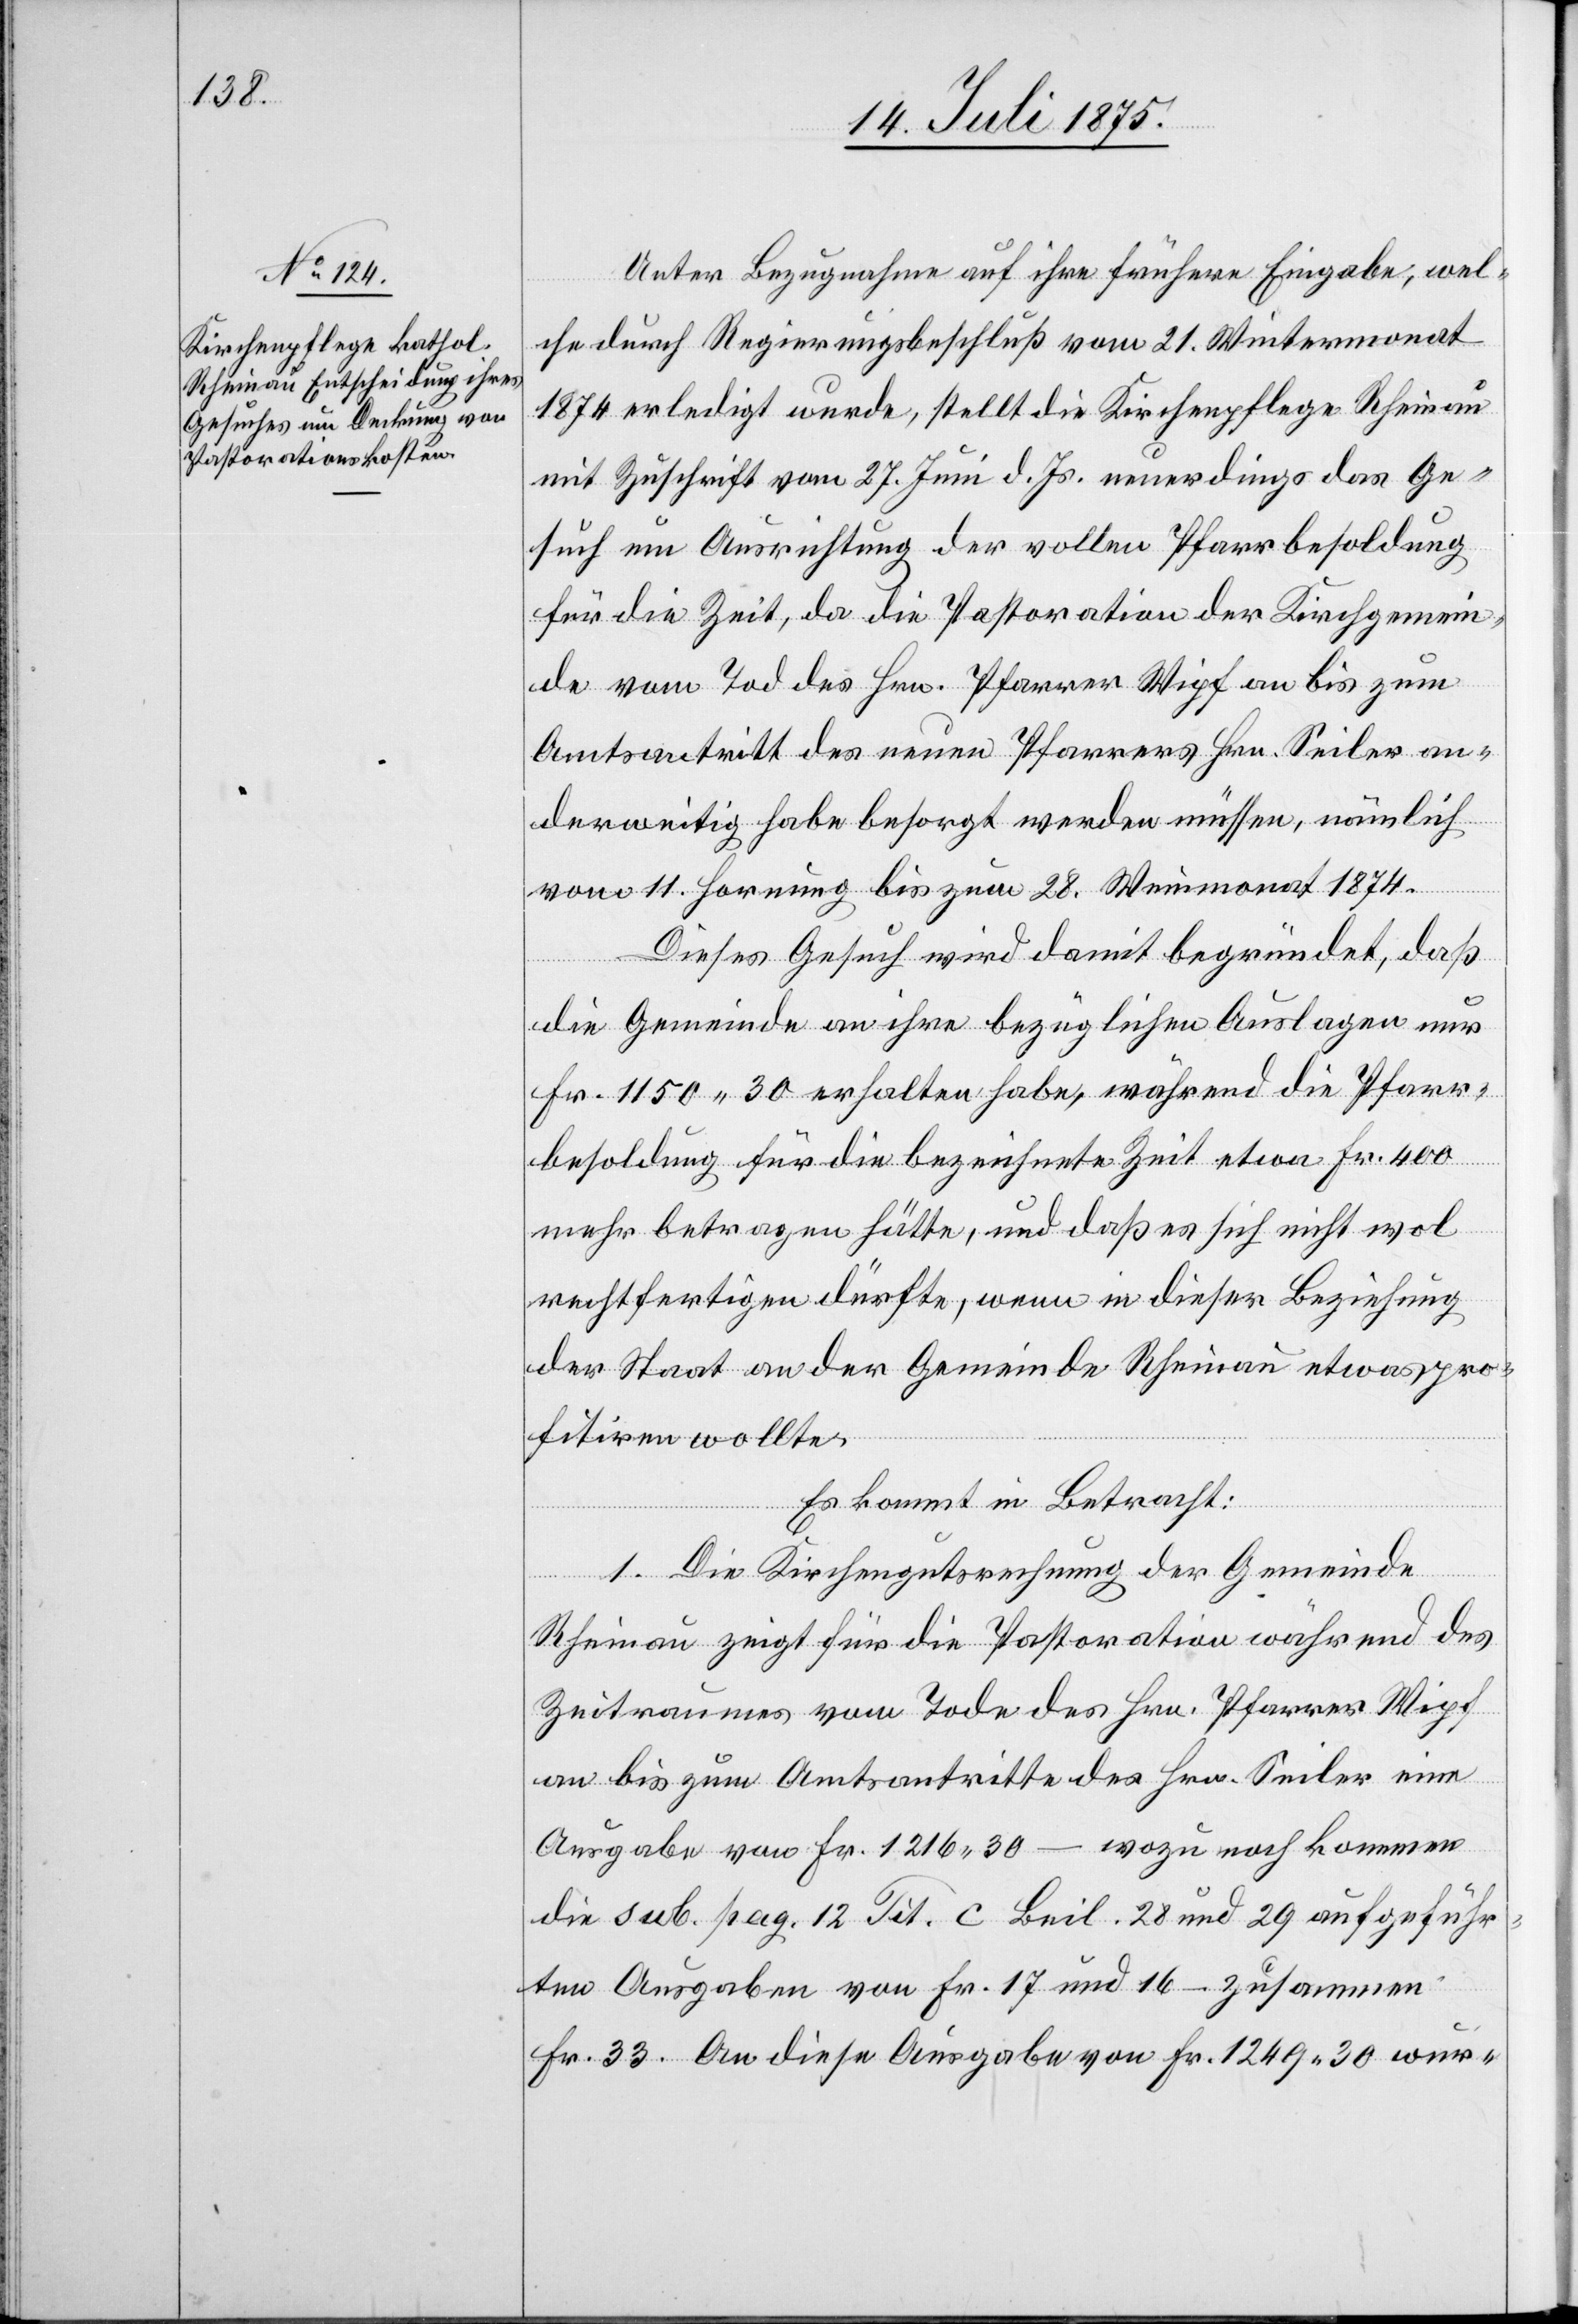
Unter Bezugnahme auf ihre frühere Eingabe, wel¬
che durch Regierungsbeschluß vom 21. Wintermonat
1874 erledigt wurde, stellt die Kirchenpflege Rheinau
mit Zuschrift vom 27. Juni d.Js. neuerdings das Ge¬
such um Ausrichtung der vollen Pfarrbesoldung
für die Zeit, da die Pastoration der Kirchgemein¬
de vom Tod des Hrn. Pfarrer Wipf an bis zum
Amtsantritt des neuen Pfarrers Hrn. Seiler an¬
derweitig habe besorgt werden müssen, nämlich
vom 11. Hornung bis zum 28. Weinmonat 1874.
Dieses Gesuch wird damit begründet, daß
die Gemeinde an ihre bezüglichen Auslagen nur
Fr. 1150 30 erhalten habe, während die Pfarr¬
besoldung für die bezeichnete Zeit etwa Fr. 400
mehr betragen hätte, und daß es sich nicht wol
rechtfertigen dürfte, wenn in dieser Beziehung
der Staat an der Gemeinde Rheinau etwas pro¬
fitiren wollte.
Es kommt in Betracht:
1. Die Kirchengutsrechnung der Gemeinde
Rheinau zeigt für die Pastoration während des
Zeitraumes vom Tode des Hrn. Pfarrer Wipf
an bis zum Amtsantritte des Hrn. Seiler eine
Ausgabe von Fr. 1216 30 – wozu noch kommen
die sub. pag. 12 Tit. c Beil. 28 und 29 aufgeführ¬
ten Ausgaben von Fr. 17 und 16 – zusammen
Fr. 33. an diese Ausgaben von Fr. 1249 30 wur-